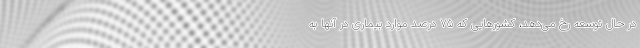
در حال توسعه رخ می‌دهد، کشورهایی که ۷۵ درصد موارد بیماری در آنها به